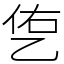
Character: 㐛